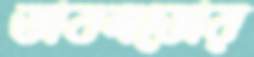
ডাবলডোর